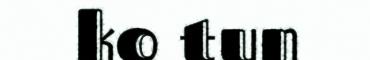
ko tun